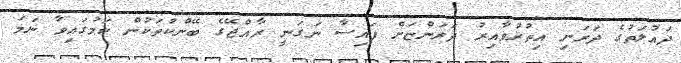
ދައުލަތުގެ ދަރަނި އިތުރުވާއިރު ދަރަންޏަށް ފައިސާ ނަގަނީ ރާއްޖޭގެ ބޭންކުތަކުން ކަމުގައިވާ ނަމަ